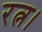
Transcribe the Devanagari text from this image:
रत्न।